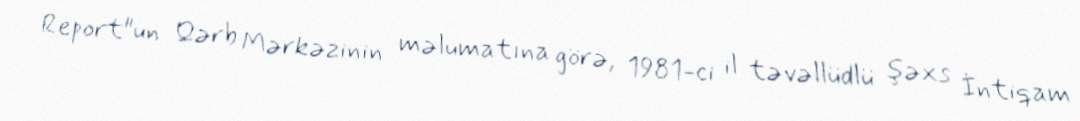
Report"un Qərb Mərkəzinin məlumatına görə, 1981-ci il təvəllüdlü şəxs İntiqam